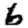
Digit: 6